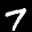
Label: 7